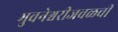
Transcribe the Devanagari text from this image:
भुवनेश्वरीजवळची